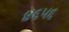
૪૬૫૬